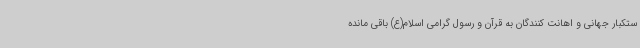
ستکبار جهانی و اهانت کنندگان به قرآن و رسول گرامی اسلام(ع) باقی مانده